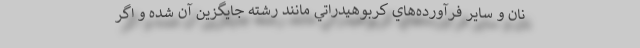
نان و ساير فرآورده‌هاي كربوهيدراتي مانند رشته جايگزين آن شده و اگر